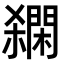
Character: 𨶓